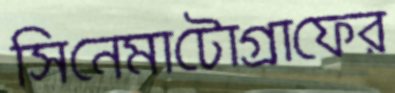
সিনেমাটোগ্রাফের